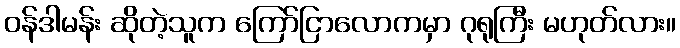
ဝန်ဒါမန်း ဆိုတဲ့သူက ကြော်ငြာလောကမှာ ဂုရုကြီး မဟုတ်လား။